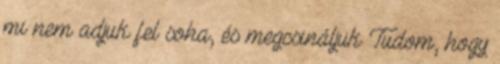
mi nem adjuk fel soha, és megcsináljuk Tudom, hogy